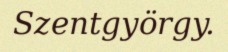
Szentgyörgy.